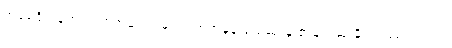
အမေရိကန်ဟာ တစ်ကမ္ဘာလုံးမှာ ကူးစက်မှုနဲ့ သေဆုံးမှု အများဆုံးနိုင်ငံ ဖြစ်ပါတယ်။